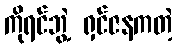
ကိုရင်ဘွဲ့ ရှင်ဇနကတဲ့